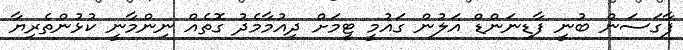
ފާގަސަން ބުނީ ފާޑިނަންޑް އަލުން ގައުމީ ޓީމަށް ދިއުމާމެދު ގޮތެއް ނިންމާނީ ކުޅުންތެރިޔާ